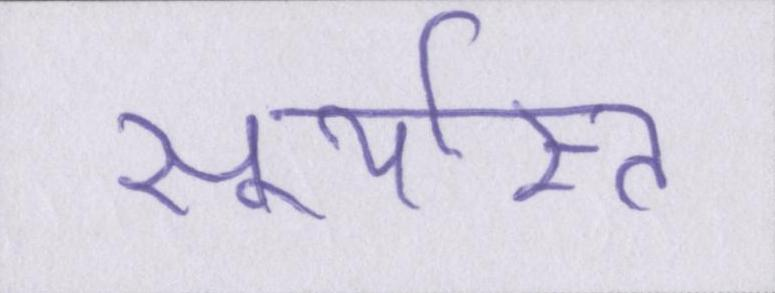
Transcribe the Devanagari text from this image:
सूर्यास्त